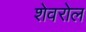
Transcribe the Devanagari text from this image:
शेवरोल